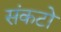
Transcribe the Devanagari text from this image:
संकटो